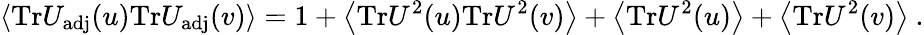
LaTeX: \left<\mathrm{Tr}U_{\mathrm{adj}}(u)\mathrm{Tr}U_{\mathrm{adj}}(v)\right>=1+\left<\mathrm{Tr}U^{2}(u)\mathrm{Tr}U^{2}(v)\right>+\left<\mathrm{Tr}U^{2}(u)\right>+\left<\mathrm{Tr}U^{2}(v)\right>\ .